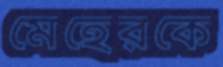
মেহেরকে